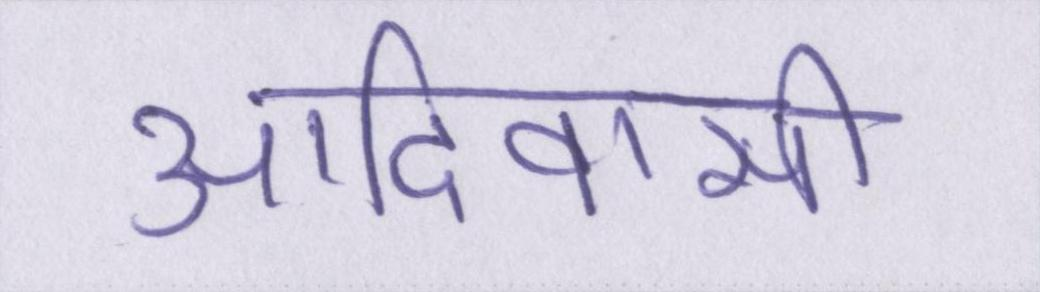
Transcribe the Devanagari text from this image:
आदिवासी